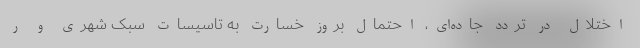
اختلال در تردد جاده‌ای، احتمال بروز خسارت به تاسیسات سبک شهری و ر